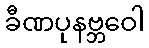
ခီဏပုနဗ္ဘဝေါ